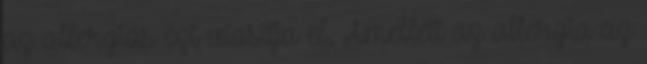
az allergiás ezt utasítja el. Amellett az allergia az